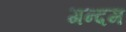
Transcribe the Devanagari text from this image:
गन्दम